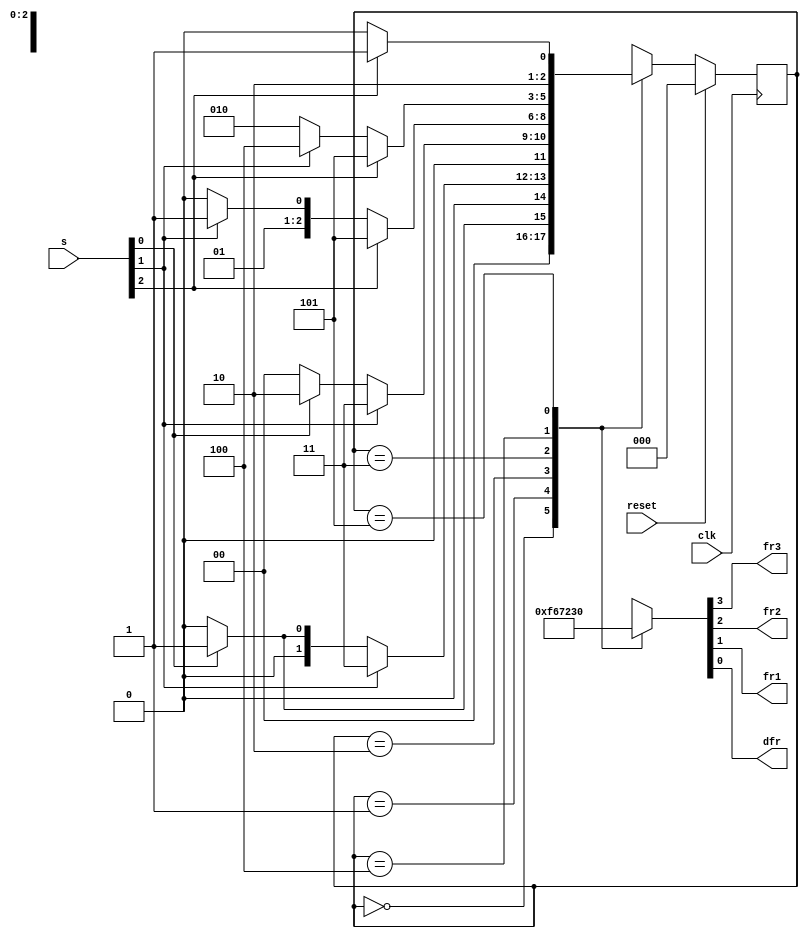
// This program was cloned from: https://github.com/Yvan-xy/verilog-doc
// License: GNU General Public License v2.0

module top_module (
	input clk,
	input reset,
	input [3:1] s,
	output reg fr3,
	output reg fr2,
	output reg fr1,
	output reg dfr
);


	// Give state names and assignments. I'm lazy, so I like to use decimal numbers.
	// It doesn't really matter what assignment is used, as long as they're unique.
	// We have 6 states here.
	parameter A2=0, B1=1, B2=2, C1=3, C2=4, D1=5;
	reg [2:0] state, next;		// Make sure these are big enough to hold the state encodings.
	


    // Edge-triggered always block (DFFs) for state flip-flops. Synchronous reset.	
	always @(posedge clk) begin
		if (reset) state <= A2;
		else state <= next;
	end



    // Combinational always block for state transition logic. Given the current state and inputs,
    // what should the next state be?
    // Combinational always block: Use blocking assignments.    
	always@(*) begin
		case (state)
			A2: next = s[1] ? B1 : A2;
			B1: next = s[2] ? C1 : (s[1] ? B1 : A2);
			B2: next = s[2] ? C1 : (s[1] ? B2 : A2);
			C1: next = s[3] ? D1 : (s[2] ? C1 : B2);
			C2: next = s[3] ? D1 : (s[2] ? C2 : B2);
			D1: next = s[3] ? D1 : C2;
			default: next = 3'bxxx;
		endcase
	end
	
	
	
	// Combinational output logic. In this problem, a procedural block (combinational always block) 
	// is more convenient. Be careful not to create a latch.
	always@(*) begin
		case (state)
			A2: {fr3, fr2, fr1, dfr} = 4'b1111;
			B1: {fr3, fr2, fr1, dfr} = 4'b0110;
			B2: {fr3, fr2, fr1, dfr} = 4'b0111;
			C1: {fr3, fr2, fr1, dfr} = 4'b0010;
			C2: {fr3, fr2, fr1, dfr} = 4'b0011;
			D1: {fr3, fr2, fr1, dfr} = 4'b0000;
			default: {fr3, fr2, fr1, dfr} = 4'bxxxx;
		endcase
	end
	
endmodule